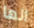
انها